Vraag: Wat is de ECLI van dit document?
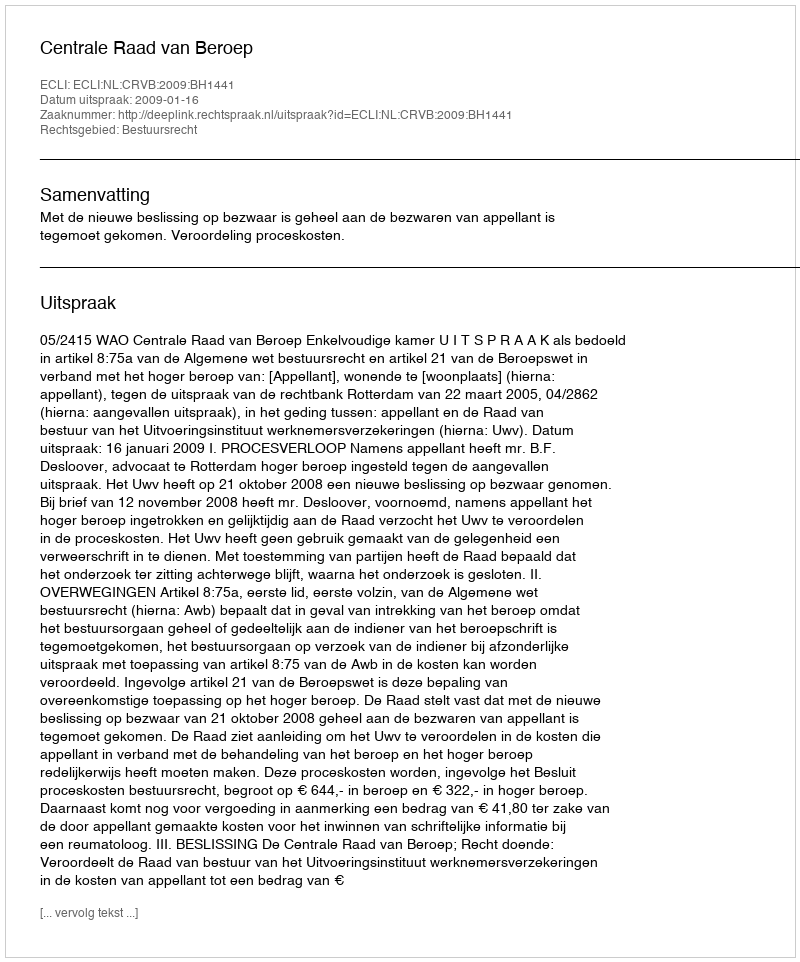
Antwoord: ECLI:NL:CRVB:2009:BH1441